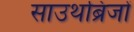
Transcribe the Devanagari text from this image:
साउथब्रिजों